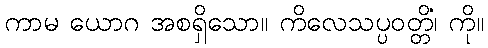
ကာမ ယောဂ အစရှိသော။ ကိလေသပ္ပဝတ္တိံ၊ ကို။